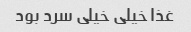
غذا خیلی خیلی سرد بود